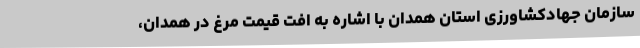
سازمان جهادکشاورزی استان همدان با اشاره به افت قیمت مرغ در همدان،